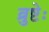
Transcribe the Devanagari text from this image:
व्रुष्टेः